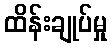
ထိန်းချုပ်မှု